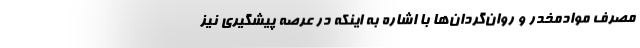
مصرف موادمخدر و روان‌گردان‌ها با اشاره به اینکه در عرصه پیشگیری نیز